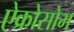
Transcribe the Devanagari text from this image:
ऐक्रोसोम